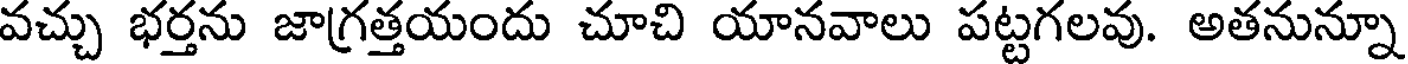
వచ్చు భర్తను జాగ్రత్తయందు చూచి యానవాలు పట్టగలవు. అతనున్నూ